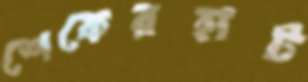
শেকেরহাট